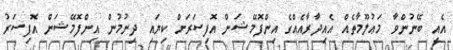
އެއީ ބޭނުންވާ މަޢުލޫމާތެއް އެއިދާރާއެއްގެ އިންފޮމޭޝަން އޮފިސަރަށް ކިޔައި ދިނުމުން އިންފޮމޭޝަން އޮފިސަރު